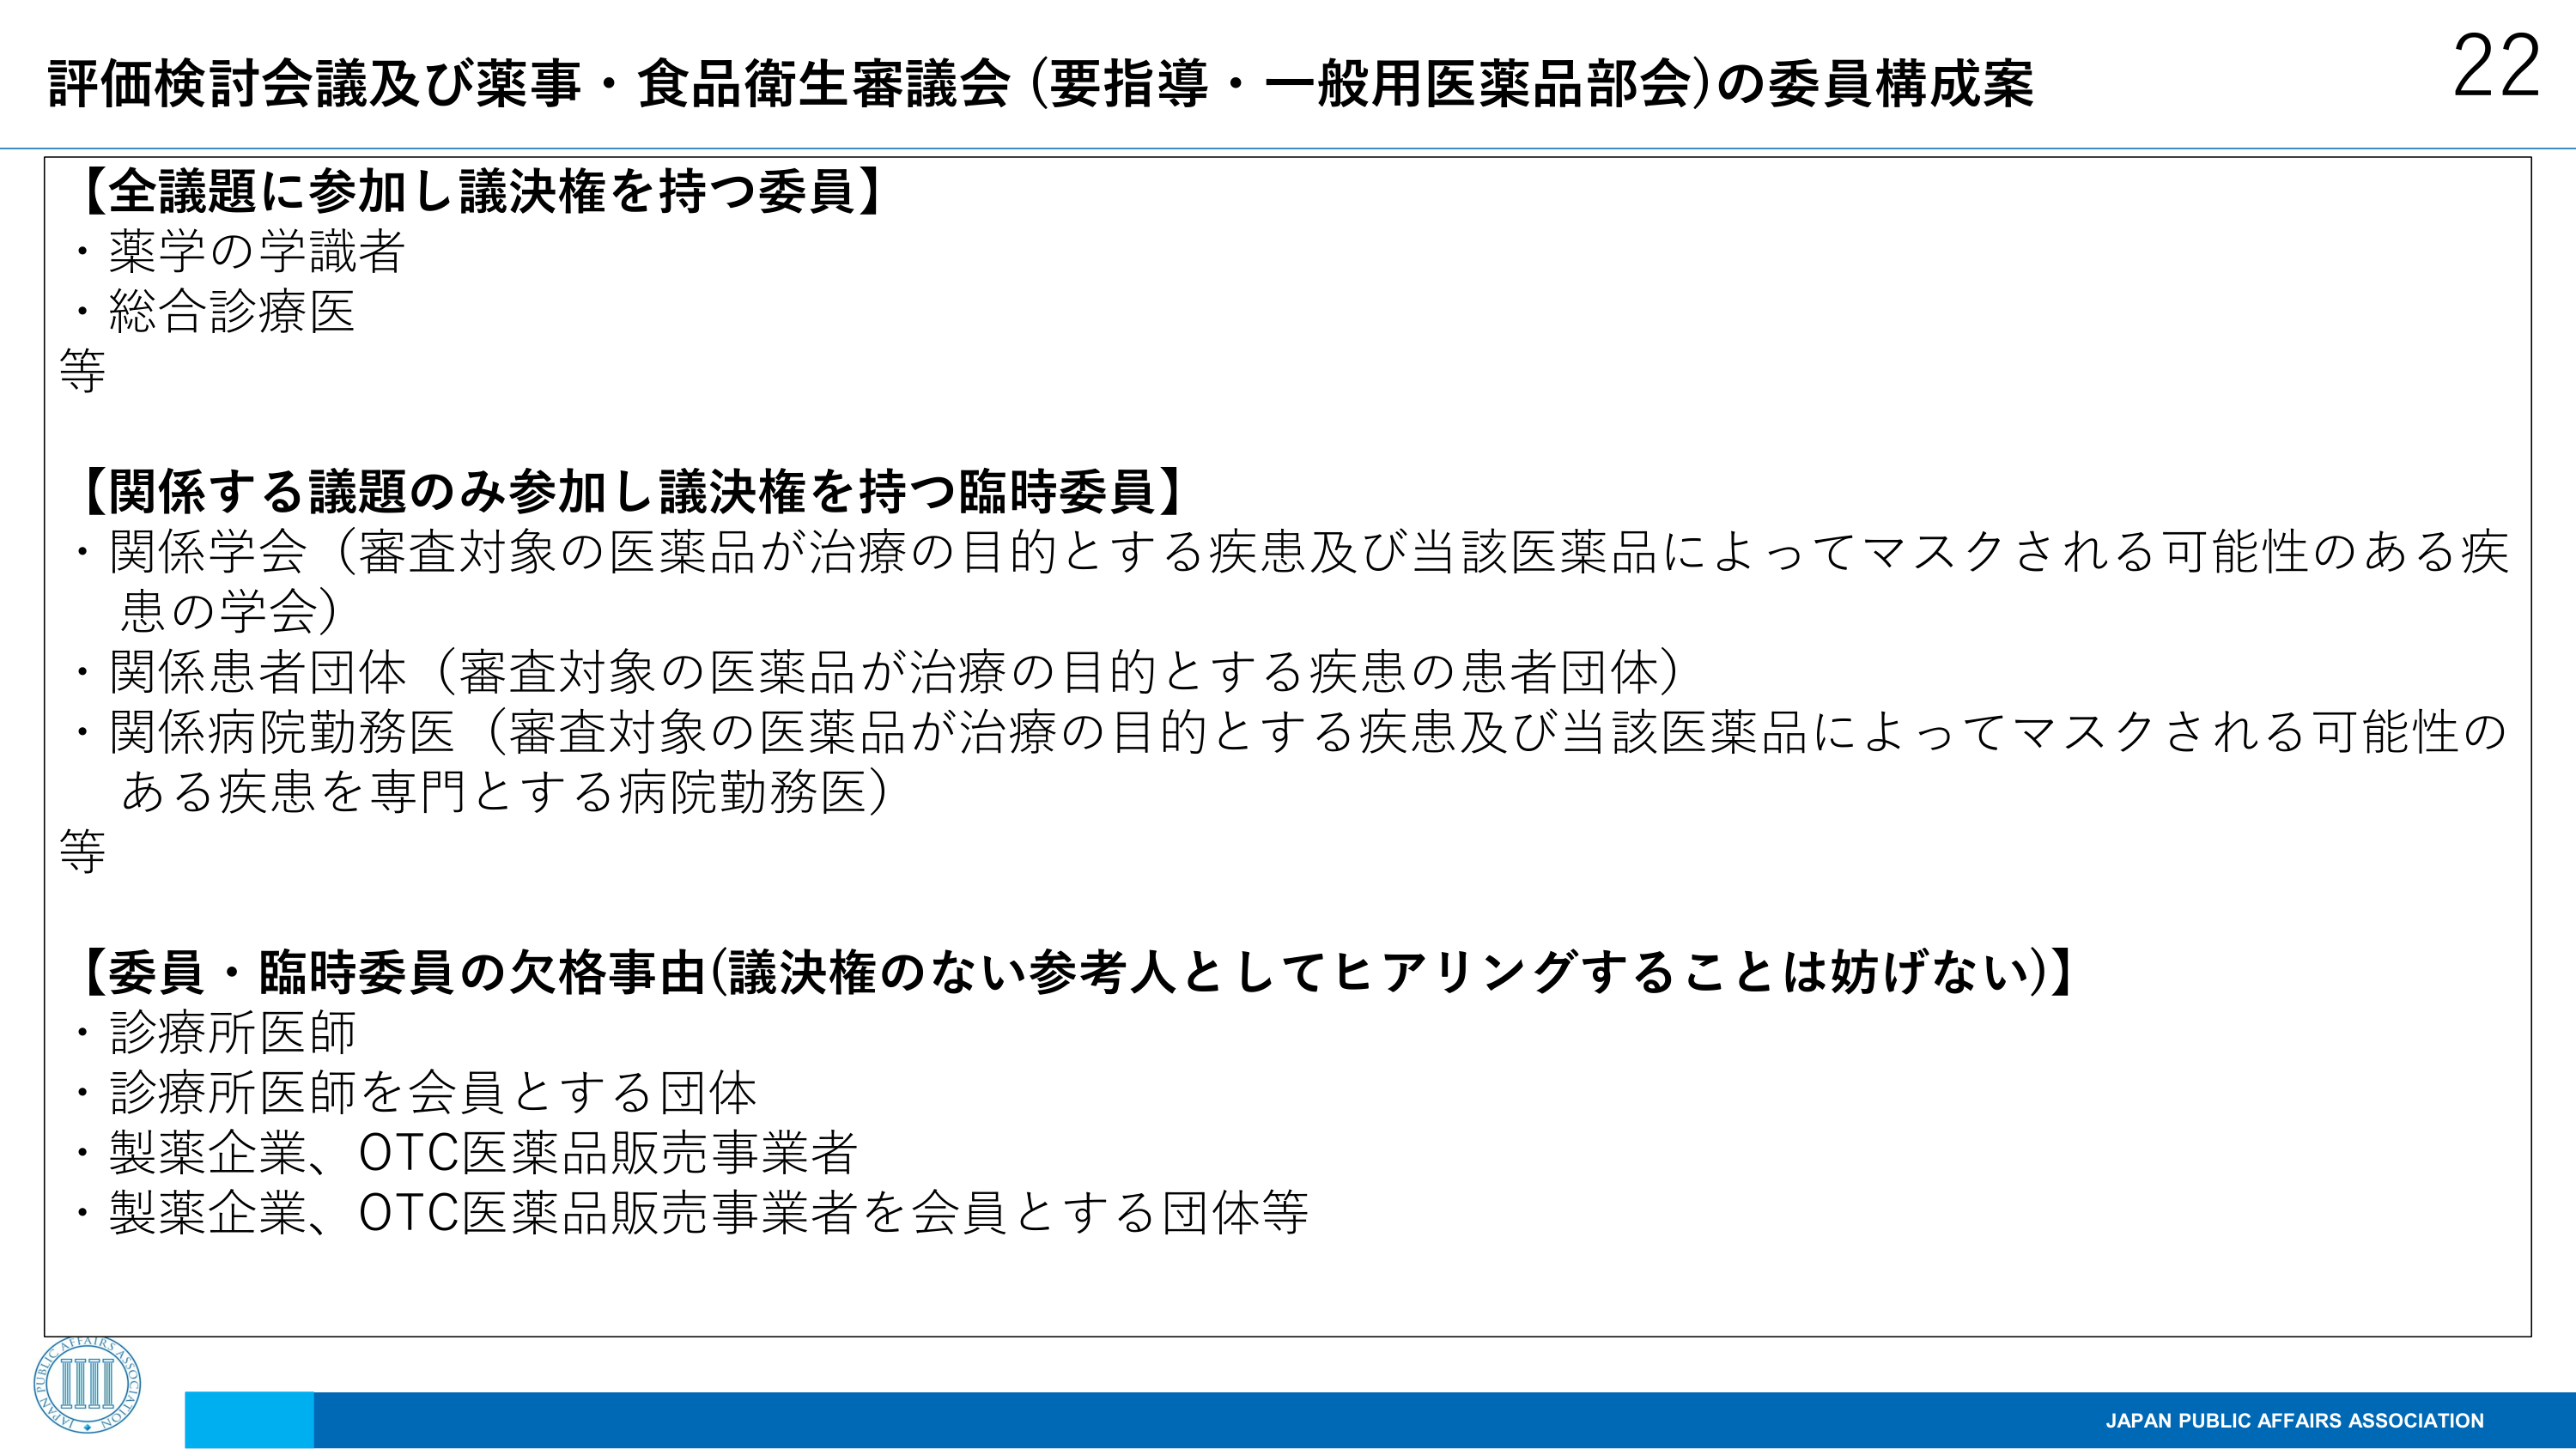
評価検討会議及び薬事・食品衛生審議会（要指導・一般用医薬品部会）の委員構成案

【全議題に参加し議決権を持つ委員】
・薬学の学識者
・総合診療医
等

【関係する議題のみ参加し議決権を持つ臨時委員】
・関係学会（審査対象の医薬品が治療の目的とする疾患及び当該医薬品によってマスクされる可能性のある疾患の学会）
・関係患者団体（審査対象の医薬品が治療の目的とする疾患の患者団体）
・関係病院勤務医（審査対象の医薬品が治療の目的とする疾患及び当該医薬品によってマスクされる可能性のある疾患を専門とする病院勤務医）
等

【委員・臨時委員の欠格事由（議決権のない参考人としてヒアリングすることは妨げない）】
・診療所医師
・診療所医師を会員とする団体
・製薬企業、OTC医薬品販売事業者
・製薬企業、OTC医薬品販売事業者を会員とする団体等

22

JAPAN PUBLIC AFFAIRS ASSOCIATION